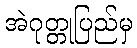
အဲဂုတ္တုပြည်မှ